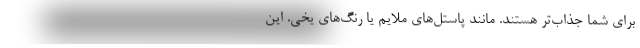
برای شما جذاب‌تر هستند. مانند پاستل‌های ملایم یا رنگ‌های یخی. این